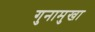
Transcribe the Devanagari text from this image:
गुनामुखा